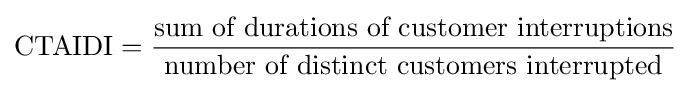
{\mbox{CTAIDI}}={\frac {\mbox{sum of durations of customer interruptions}}{\mbox{number of distinct customers interrupted}}}